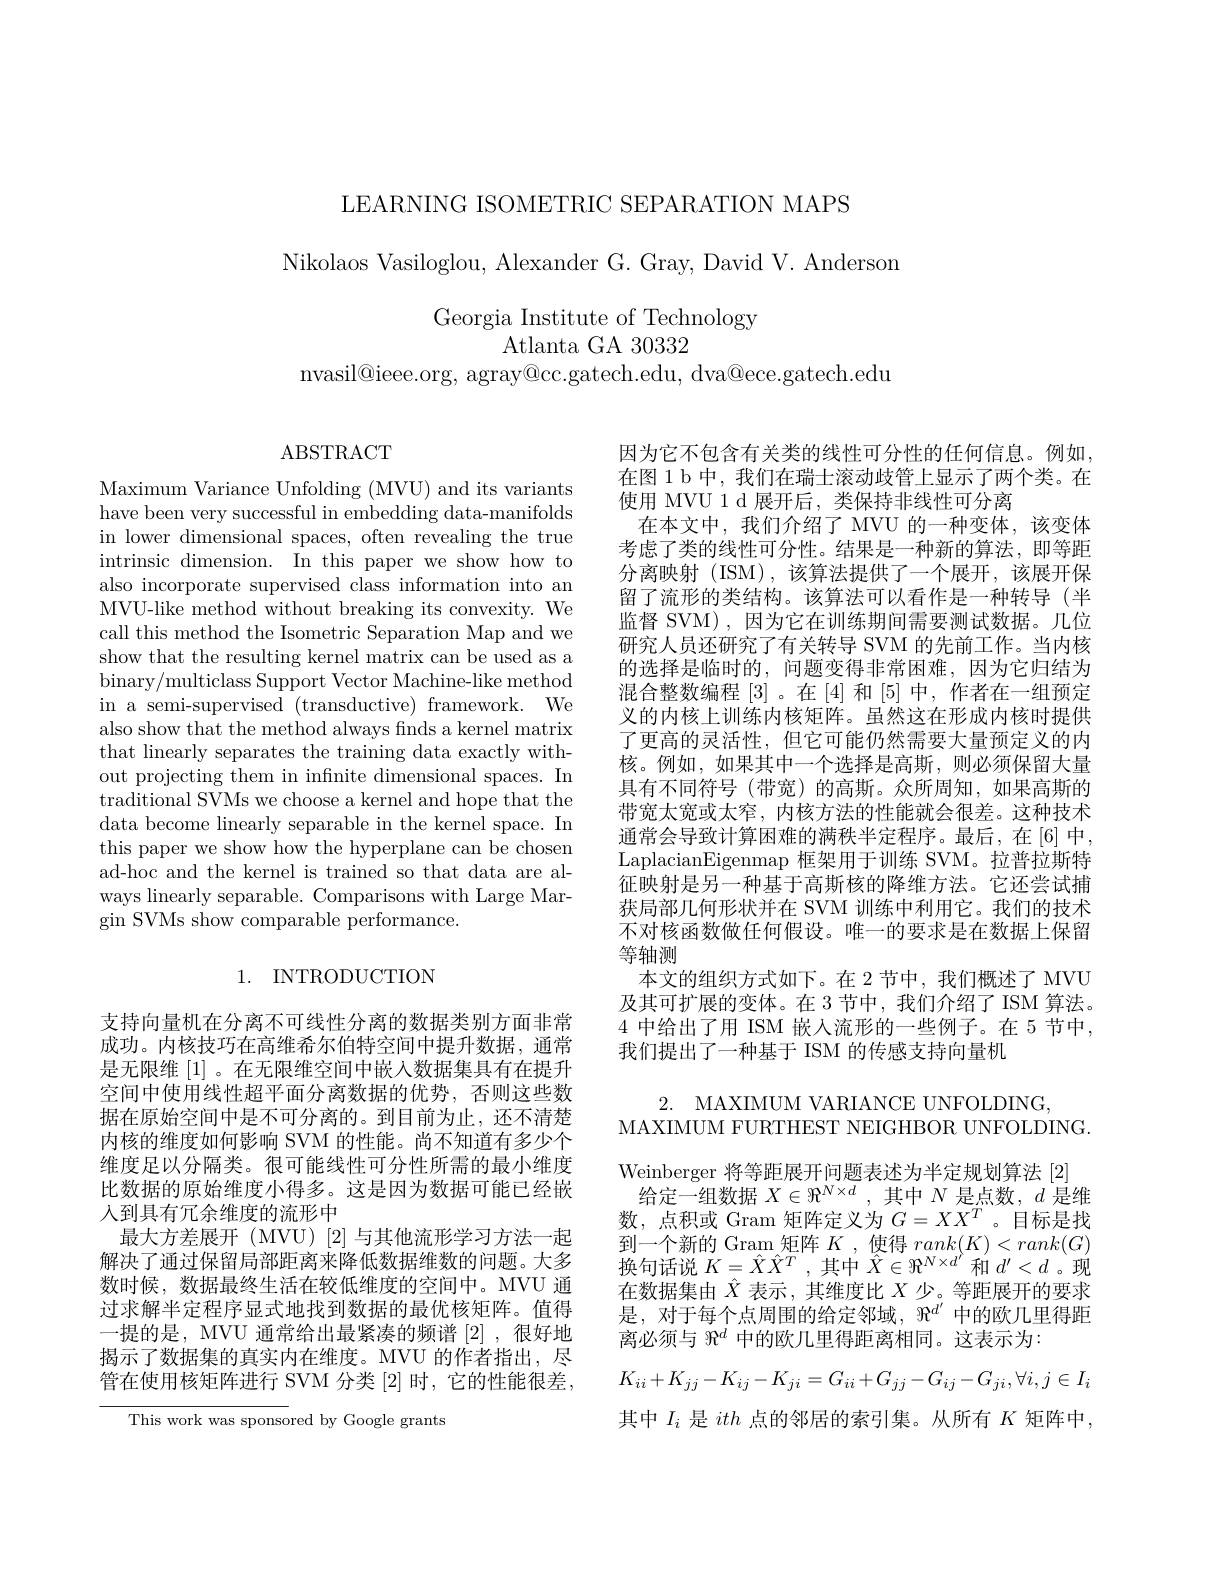
LEARNING ISOMETRIC SEPARATION MAPS

Nikolaos Vasiloglou, Alexander G. Gray, David V. Andersom

Georgia Institute of Technology
Atlanta GA 30332

nvasil@ieee.org, agray@cc.gatech.edu, dva@ece.gatech.edu

ABSTRACT

Maximum Variance Unfolding (MVU) and its variants have been very successful in embedding data-manifolds in lower dimensional spaces, often revealing the true intrinsic dimension. In this paper we show how to also incorporate supervised class information into an MVU-like method without breaking its convexity. We call this method the Isometric Separation Map and we show that the resulting kernel matrix can be used as a binary/multiclass Support Vector Machine-like method in a semi-supervised (transductive) framework. We also show that the method always finds a kernel matrix that linearly separates the training data exactly without projecting them in infnite dimensional spaces. In traditional SVMs we choose a kernel and hope that the data become linearly separable in the kernel space. In this paper we show how the hyperplane can be chosen ad-hoc and the kernel is trained so that data are always linearly separable. Comparisons with Large Mar- $\operatorname{gin}$ SVMs show comparable performance.

## 1. INTRODUCTION

支持向量机在分离不可线性分离的数据类别方面非常成功。内核技巧在高维希尔伯特空间中提升数据，通常是无限维[1] 。在无限维空间中嵌入数据集具有在提升空间中使用线性超平面分离数据的优势，否则这些数据在原始空间中是不可分离的。到目前为止，还不清楚内核的维度如何影响 SVM 的性能。尚不知道有多少个维度足以分隔类。很可能线性可分性所需的最小维度比数据的原始维度小得多。这是因为数据可能已经嵌人到具有冗余维度的流形中
最大方差展开(MVU)[2]与其他流形学习方法一起解决了通过保留局部距离来降低数据维数的问题。大多数时候，数据最终生活在较低维度的空间中。MVU 通过求解半定程序显式地找到数据的最优核矩阵。值得一提的是，MVU 通常给出最紧凑的频谱[2],很好地揭示了数据集的真实内在维度。MVU 的作者指出，尽管在使用核矩阵进行 SVM 分类 [2] 时，它的性能很差，

This work was sponsored by Google grants

因为它不包含有关类的线性可分性的任何信息。例如， 在图 1 b 中，我们在瑞士滚动歧管上显示了两个类。在使用 MVU 1 d 展开后，类保持非线性可分离
在本文中，我们介绍了 MVU 的一种变体，该变体考虑了类的线性可分性。结果是一种新的算法，即等距分离映射 (ISM),该算法提供了一个展开，该展开保留了流形的类结构。该算法可以看作是一种转导(半监督 SVM),因为它在训练期间需要测试数据。几位研究人员还研究了有关转导 SVM 的先前工作。当内核的选择是临时的，问题变得非常困难，因为它归结为混合整数编程[3]。在[4]和[5]中，作者在一组预定义的内核上训练内核矩阵。虽然这在形成内核时提供了更高的灵活性，但它可能仍然需要大量预定义的内核。例如，如果其中一个选择是高斯，则必须保留大量具有不同符号(带宽)的高斯。众所周知，如果高斯的带宽太宽或太窄，内核方法的性能就会很差。这种技术通常会导致计算困难的满秩半定程序。最后，在[6]中， LaplacianEigenmap 框架用于训练 SVM。拉普拉斯特征映射是另一种基于高斯核的降维方法。它还尝试捕获局部几何形状并在 SVM 训练中利用它。我们的技术不对核函数做任何假设。唯一的要求是在数据上保留等轴测
本文的组织方式如下。在 2 节中，我们概述了 MVU 及其可扩展的变体。在 3 节中，我们介绍了 ISM 算法。4 中给出了用 ISM 嵌入流形的一些例子。在 5 节中， 我们提出了一种基于 ISM 的传感支持向量机
2. MAXIMUM VARIANCE UNFOLDING,
MAXIMUM FURTHEST NEIGHBOR UNFOLDING.
Weinberger 将等距展开问题表述为半定规划算法[2]
给定一组数据$X\in\Re^N\times d$,其中$N$是点数，$d$是维数，点积或 Gram 矩阵定义为$G=XX^T$ 。目标是找到一个新的 Gram 矩阵$K$ ,使得$rank(K)<rank(G)$ 换句话说$K=\hat{X}\hat{X}^T$,其中$\hat{X}\in\Re^{N\times d^{\prime}}$和$d^\prime<d$ 。现在数据集由$\hat{X}$表示，其维度比$X$少。等距展开的要求是，对于每个点周围的给定邻域，$\Re^d^{\prime}$中的欧几里得距离必须与$\Re^d$中的欧几里得距离相同。这表示为：
$$K_{ii}+K_{jj}-K_{ij}-K_{ji}=G_{ii}+G_{jj}-G_{ij}-G_{ji},\forall i,j\in I_{i}$$
其中$I_{i}$是ith点的邻居的索引集。从所有$K$矩阵中